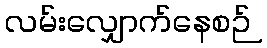
လမ်းလျှောက်နေစဉ်